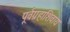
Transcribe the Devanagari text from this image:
पूर्वग्रहाशिवाय